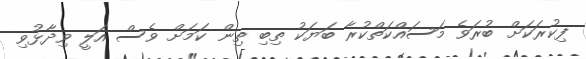
ފިކުރަކަށް ބުރަވެ މަސައްކަތްކުރާ ބަޔަކު ތިބި ތިން ކަމަށް ވެސް އަލީ ވިދާޅުވި